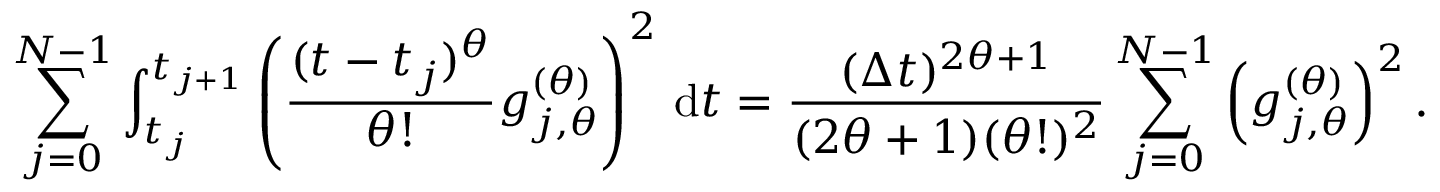
\sum _ { j = 0 } ^ { N - 1 } \int _ { t _ { j } } ^ { t _ { j + 1 } } \left( \frac { ( t - t _ { j } ) ^ { \theta } } { \theta ! } g _ { j , \theta } ^ { ( \theta ) } \right) ^ { 2 } \, \mathrm { d } t = \frac { ( \Delta t ) ^ { 2 \theta + 1 } } { ( 2 \theta + 1 ) ( \theta ! ) ^ { 2 } } \sum _ { j = 0 } ^ { N - 1 } \left( g _ { j , \theta } ^ { ( \theta ) } \right) ^ { 2 } .